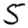
Digit: 5